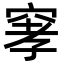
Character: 窙